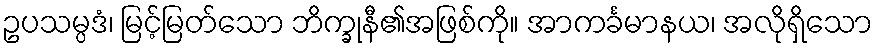
ဥပသမ္ပဒံ၊ မြင့်မြတ်သော ဘိက္ခုနီ၏အဖြစ်ကို။ အာကင်္ခမာနယ၊ အလိုရှိသော